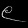
Digit: ၉